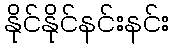
နိုင်နိုင်နင်းနင်း